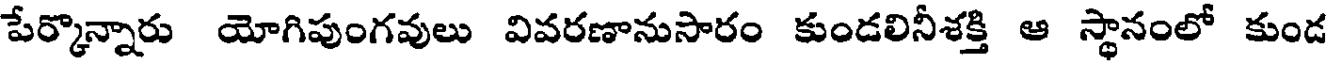
పేర్కొన్నారు యోగిపుంగవులు వివరణానుసారం కుండలినీశక్తి ఆ స్థానంలో కుండ